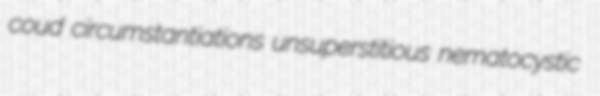
coud circumstantiations unsuperstitious nematocystic